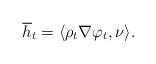
LaTeX: \begin{align*}\overline{h}_{t}=\langle\rho_{t}\nabla\varphi_{t},\nu\rangle.\end{align*}